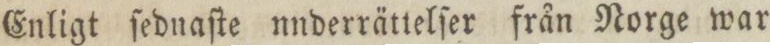
Enligt ſednaſte nnderrättelſer från Norge war